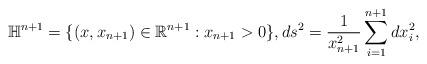
LaTeX: \begin{align*}\mathbb{H}^{n+1}=\{(x,x_{n+1})\in \mathbb{R}^{n+1}:x_{n+1}>0\},ds^2=\frac{1}{x_{n+1}^2}\sum_{i=1}^{n+1}dx_i^2,\end{align*}